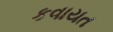
કવાયત